Report on the Nagpur School of Medicine, Central Provinces
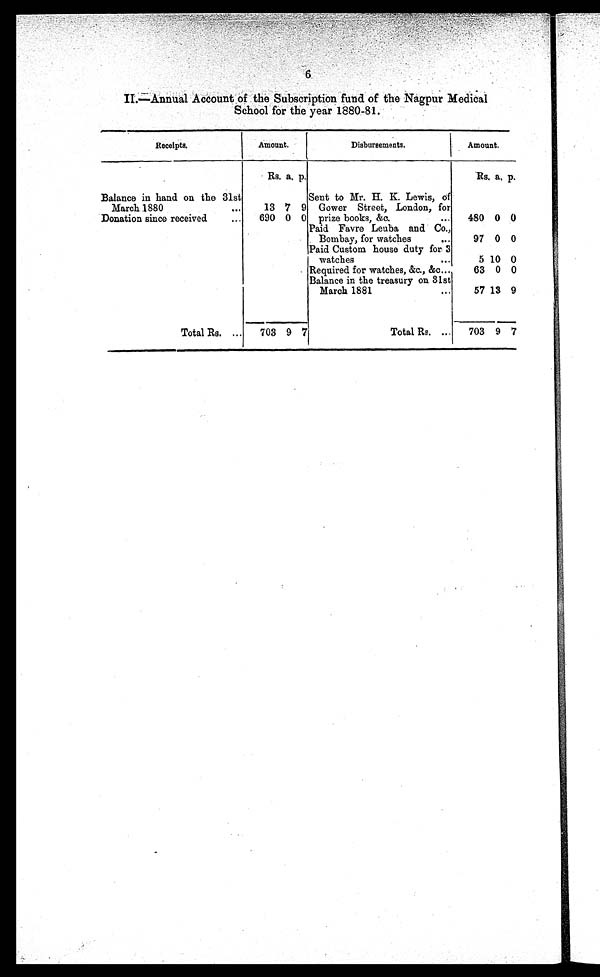
6
II.—Annual Account of the Subscription fund of the Nagpur Medical
School for the year 1880-81.
Receipts.
Amount.
Disbursements.
Amount.
Rs. a. p.
Rs. a. p.
Balance in hand on the 31st
March 1880
13 7 9
Sent to Mr. H. K. Lewis, of
Gower Street, London, for
prize books, &c.
4 8 0
0 0
Donation since received
690 0 0
Paid Favre Leuba and Co.,
Bombay, for watches
97
0
0
Paid Custom house duty for 3
watches
5 10 0
Required for watches, &c., &c
63 0 0
Balance in the treasury on 31st
March 1881
57 13 9
Total Rs.
703 9 7
Total Rs.
703 9 7